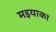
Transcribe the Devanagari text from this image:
मइयाका